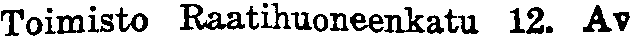
Toimisto Raatihuoneenkatu 12. Av